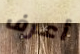
أعرف